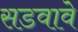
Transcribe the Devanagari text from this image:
सडवावे